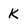
Character: K